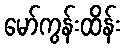
မော်ကွန်းထိန်း